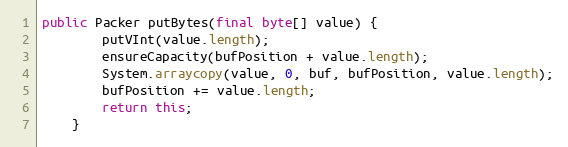
Language: Java
public Packer putBytes(final byte[] value) {
		putVInt(value.length);
		ensureCapacity(bufPosition + value.length);
		System.arraycopy(value, 0, buf, bufPosition, value.length);
		bufPosition += value.length;
		return this;
	}